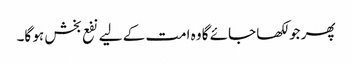
پھر جو لکھا جائے گا وہ امت کے لیے نفع بخش ہو گا۔